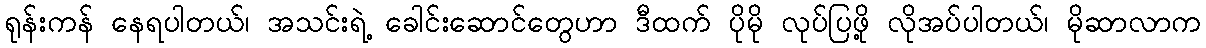
ရုန်းကန် နေရပါတယ်၊ အသင်းရဲ့ ခေါင်းဆောင်တွေဟာ ဒီထက် ပိုမို လုပ်ပြဖို့ လိုအပ်ပါတယ်၊ မိုဆာလာက